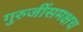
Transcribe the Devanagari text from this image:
गुरुजींसमक्षच